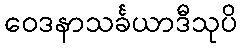
ဝေဒနာသင်္ခယာဒီသုပိ